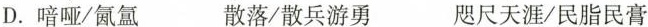
D.喑哑/氤氲 散落/散兵游勇 咫尺天涯/民脂民膏